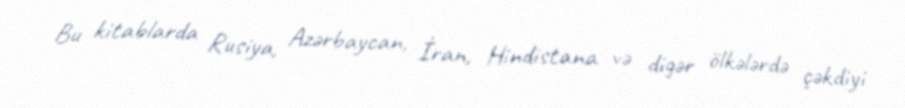
Bu kitablarda Rusiya, Azərbaycan, İran, Hindistana və digər ölkələrdə çəkdiyi